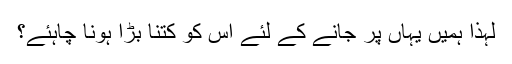
لہٰذا ہمیں یہاں پر جانے کے لئے اس کو کتنا بڑا ہونا چاہئے؟